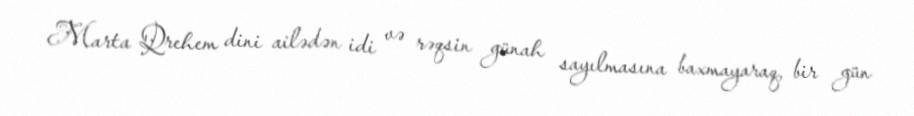
Marta Qrehem dini ailədən idi və rəqsin günah sayılmasına baxmayaraq, bir gün